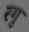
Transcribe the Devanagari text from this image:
रगु